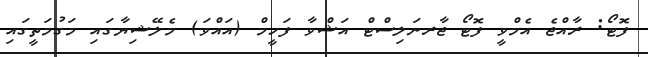
ފޮޓޯ: ރާއްޖެ އެމްވީ ފޮޓޯ ޖާރނަލިސްޓް އަޝްވާ ފަހީމް (އައްވަ) މެލޭޝިޔާގައި މަގުމަތީގައި